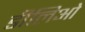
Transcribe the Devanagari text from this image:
डीलिओ